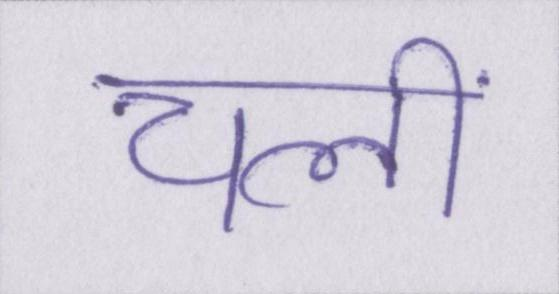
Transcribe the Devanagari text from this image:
चलीं